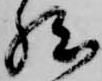
然